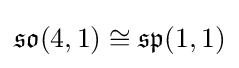
{\mathfrak {so}}(4,1)\cong {\mathfrak {sp}}(1,1)